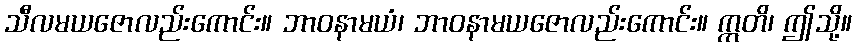
သီလမယဇောလည်းကောင်း။ ဘာဝနာမယံ၊ ဘာဝနာမယဇောလည်းကောင်း။ ဣတိ၊ ဤသို့။